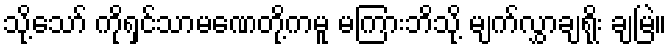
သို့သော် ကိုရှင်သာမဏေတို့ကမူ မကြားဘိသို့ မျက်လွှာချရိုး ချမြဲ။